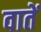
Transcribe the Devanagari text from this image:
वातें